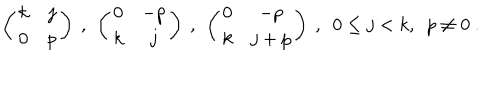
\left( \begin{array} { c c } { { k } } & { { j } } \\ { { 0 } } & { { p } } \\ \end{array} \right) \ , \ \left( \begin{array} { c c } { { 0 } } & { { - p } } \\ { { k } } & { { j } } \\ \end{array} \right) \ , \ \left( \begin{array} { c c } { { 0 } } & { { - p } } \\ { { k } } & { { j + p } } \\ \end{array} \right) \ , \ \ 0 \leq j < k , \ \ p \neq 0 \ .